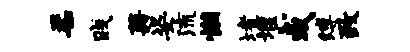
柔贱藉姿流懒堵堰或缚致